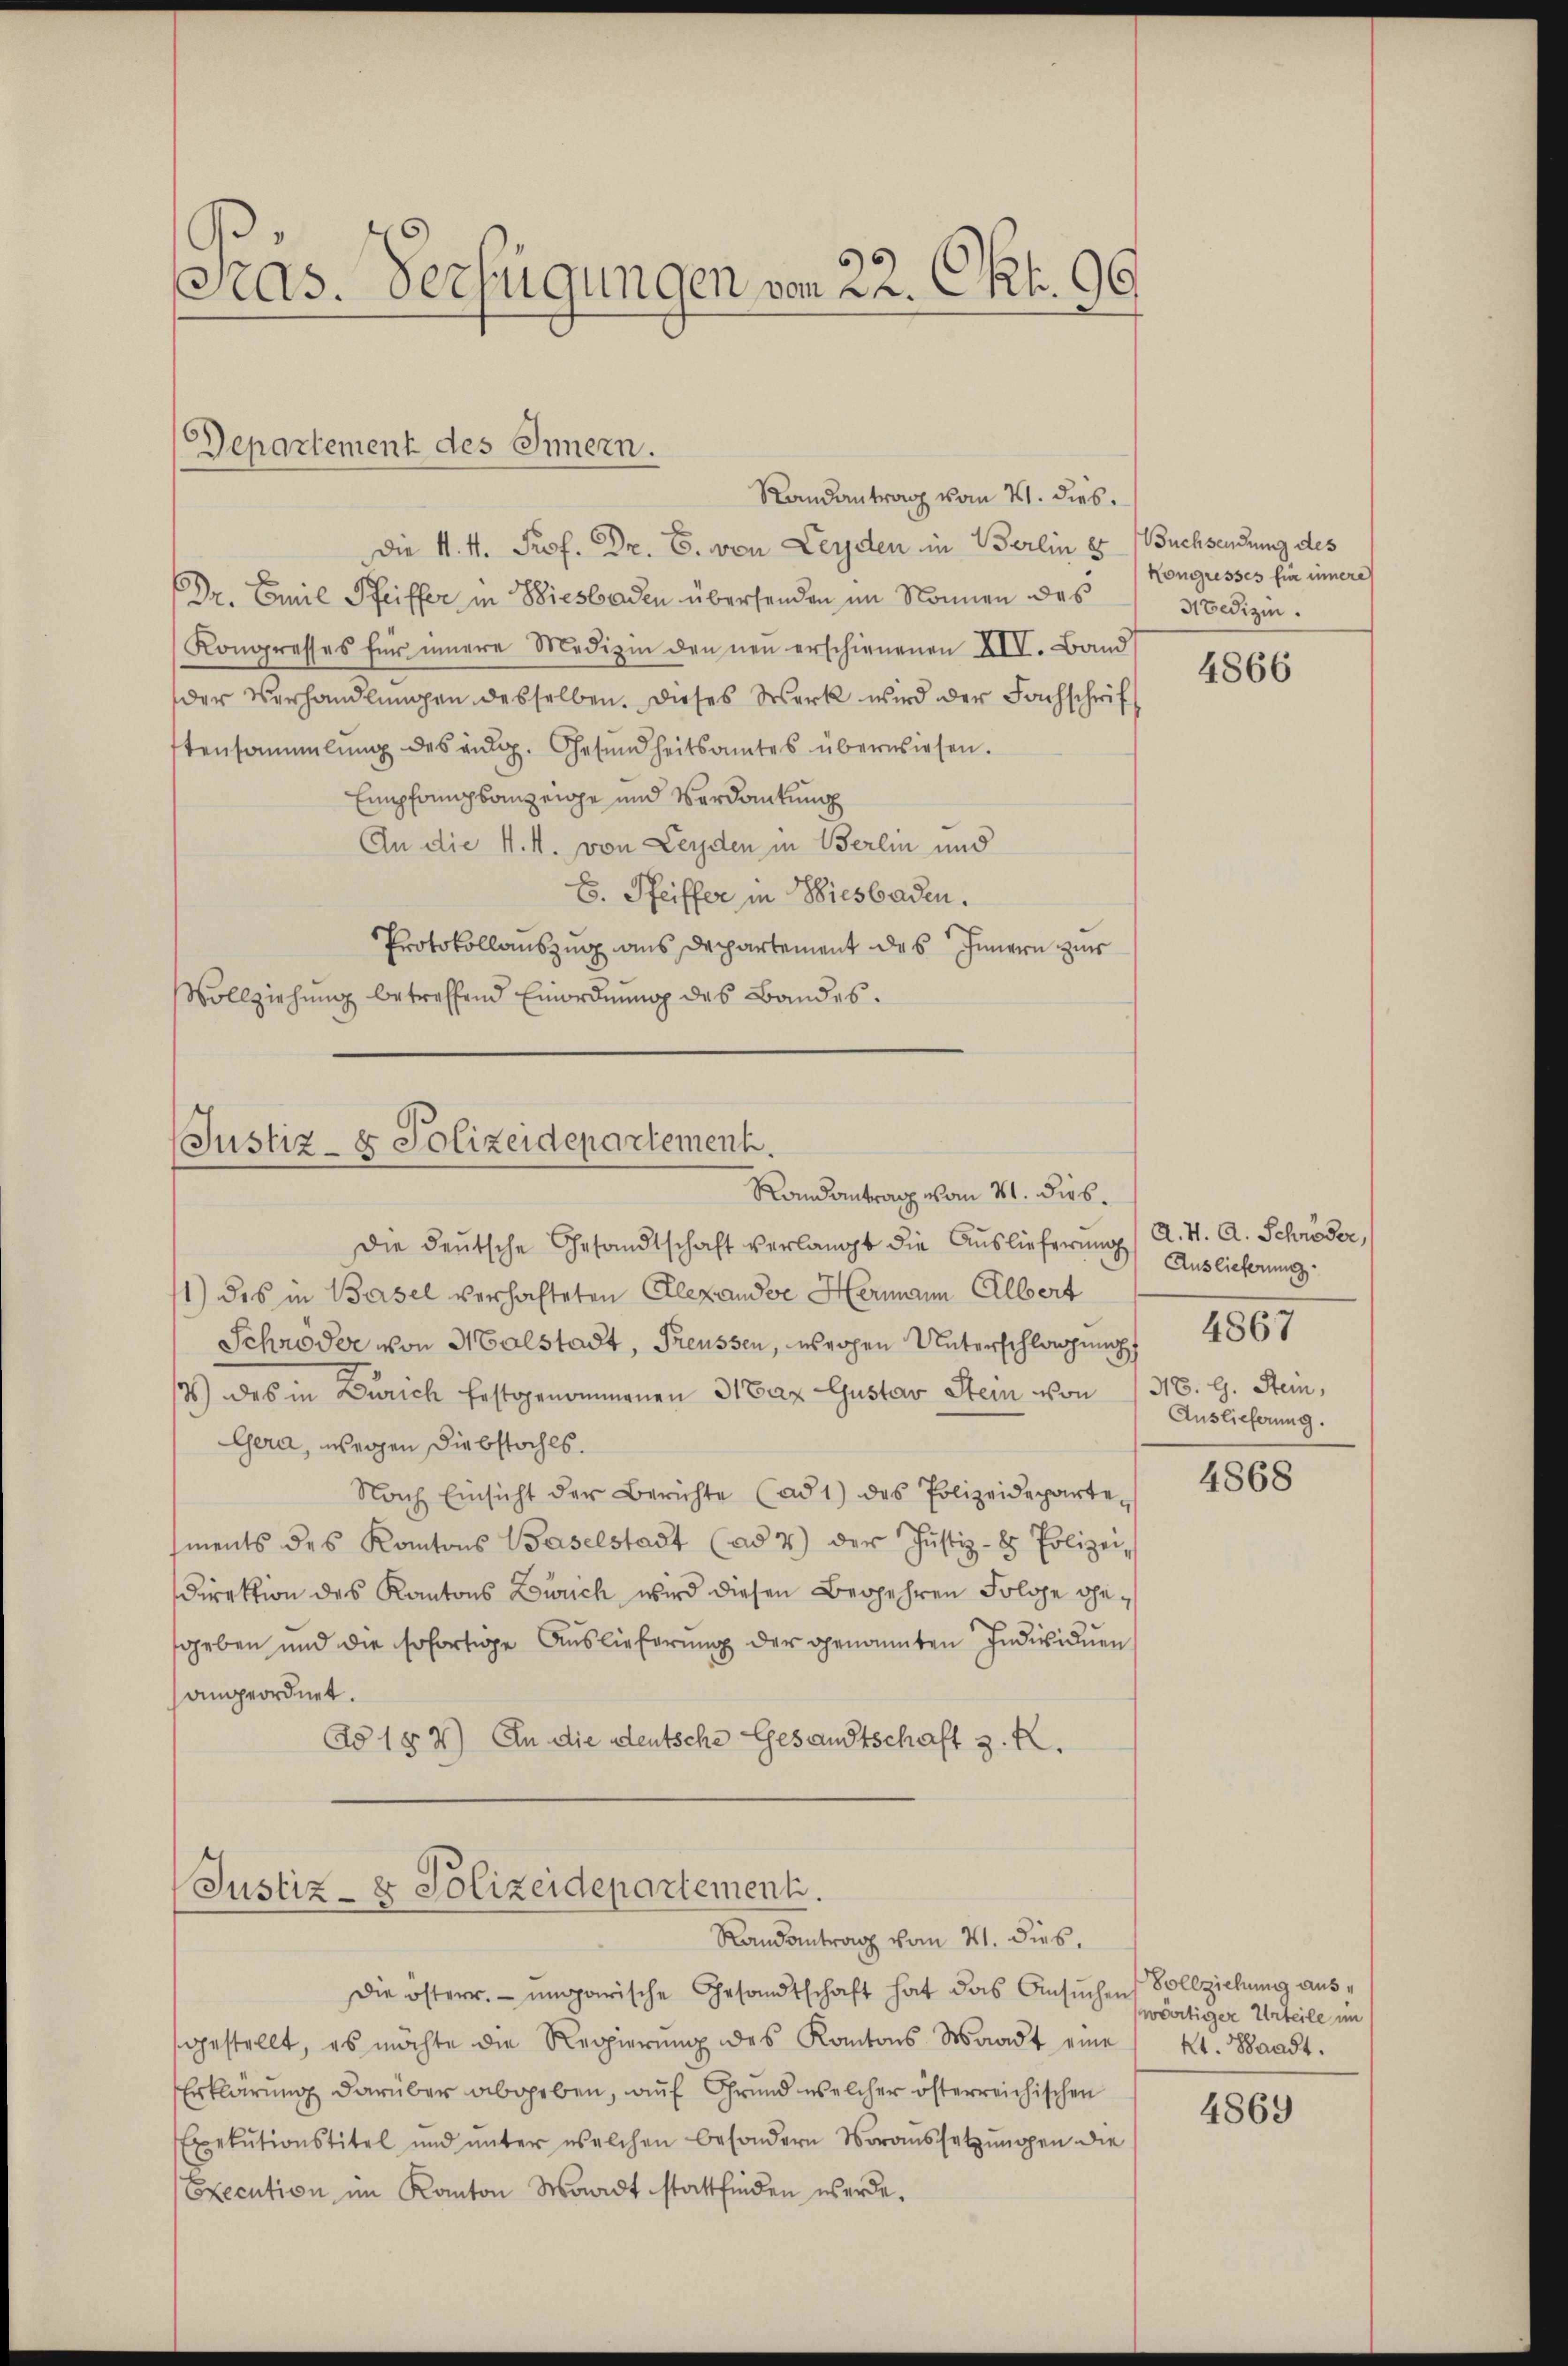
ras. Verfügungen von 22. Okt. 90.

Departement des Innern.

Randantrag vom 21. dies.
Die k. k. Prof. Dr. C. von Leyden in Berlin es Buchsendung des
Dr. Emil Pfeiffer in Biesbaden übersenden im Nonnen des
Kongresses für innere Medizin den neŭ erschienenen XII. Band
der Verhandlŭngen desselben. Dieses Werk wird der Fachschriftensammlung des eng. Gesŭndheitsamtes überwiesen.
Empfangsanzeige und Verdankung
An die N. N. von Leyden in Berlin und
E. Pfeiffer in Wiesbaden.
Protokollauszug aus Departement des Innern zur
Vollziehung betreffend Einordnung des Bandes.

(Justiz- & Polizeidepartement.
Randantrag vom 21. dies

Justiz- & Polizeidepartement.
Randantrag vom 21. dies.

Die deutsche Gesandtschaft verlangt die Auslieferung / A. H. A. Schröder,
1) des in Basel verhafteten Alexande Hermann Albert
Schröder von Malstadt, Freussen, weigen Unterschlag nicht
/3) des in Zürich Erstgenommenen 31tax Gustav Stein von 136. l. Stein,
Gera, wegen Diebstahls.
Nach Einsicht der Berichte (ad 1) des Polizeideparte
sments des Kantons Baselstadt (ad 4) der Justiz- & Polizei,
Direktion des Kantons Zürich wird diesen Begehren Fologe gegeben und die sofortige Auslieferung der genannten Individuen
angeordnet.
Ad 1 § 2) An die deutsche Gesandtschaft z. K.

Die österr. ungarische Gesandtschaft hat das Ansuchen Vollziehung ausgestellt, es möchte die Regierŭng des Kantons Waadt eine " Kt. Bandt.
Erklärung darüber abgeben, auf Grund welcher österreichischen
Exekutionstitel und ŭnter welchen besondern Voraussetzŭngen die
Execution im Kanton Waadt stattfinden werde.

Kongresses für innere
Medizin.

4866

Auslieferung
Auslieferung.

4867

4868

wärtiger Urteile im

4869